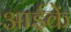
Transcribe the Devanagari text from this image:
आईकें